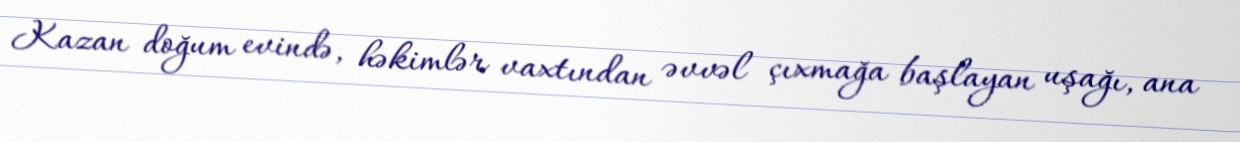
Kazan doğum evində, həkimlər vaxtından əvvəl çıxmağa başlayan uşağı, ana